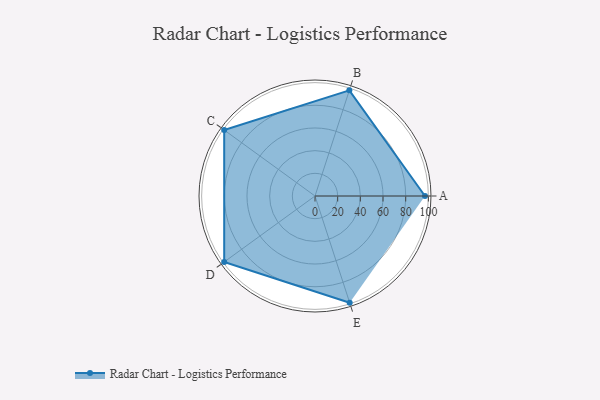
{"axis": {"x": "Skill", "y": "Score"}, "legend": ["Profile"], "data": [{"x": "A", "y": 97.0, "type": "Profile"}, {"x": "B", "y": 98.0, "type": "Profile"}, {"x": "C", "y": 99, "type": "Profile"}, {"x": "D", "y": 99, "type": "Profile"}, {"x": "E", "y": 99, "type": "Profile"}]}